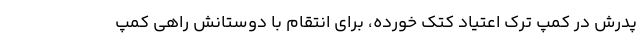
پدرش در کمپ ترک اعتیاد کتک خورده، برای انتقام با دوستانش راهی کمپ